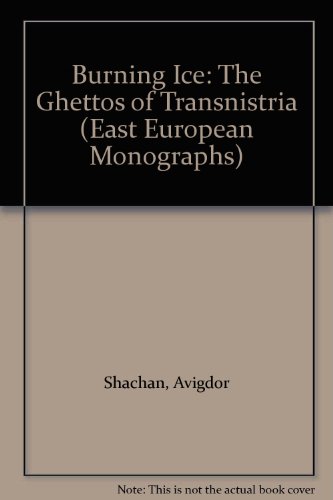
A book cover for Burning Ice: The Ghettos of Transnistria (East European Monographs); Avigdor Shachan; History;